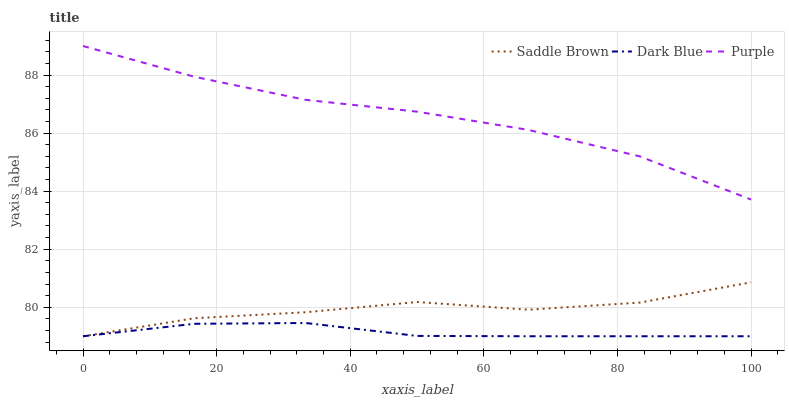
| xaxis_label | Saddle Brown | Dark Blue | Purple |
 | --- | --- | --- | --- |
 | 0 | 79 | 79 | 89 |
 | 16.7 | 79.6 | 79.4 | 87.9 |
 | 33.3 | 79.8 | 79.5 | 87.1 |
 | 50 | 80.2 | 79 | 86.7 |
 | 66.7 | 79.9 | 79 | 86.1 |
 | 83.3 | 80.2 | 79 | 85.2 |
 | 100 | 80.9 | 79 | 83.7 |